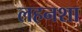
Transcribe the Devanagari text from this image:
लहनशा